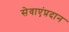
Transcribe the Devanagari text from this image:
सेवाएंप्रदान